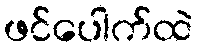
ဖင်ပေါက်ထဲ